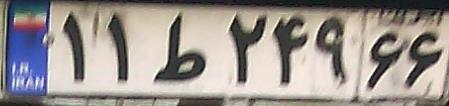
۱۱ط۲۴۹۶۶